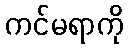
ကင်မရာကို